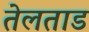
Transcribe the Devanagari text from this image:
तेलताड